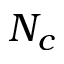
N _ { c }